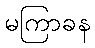
မကြာခန